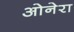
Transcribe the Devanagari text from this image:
ओनेरा